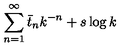
\sum _ { n = 1 } ^ { \infty } \bar { t } _ { n } k ^ { - n } + s \log k